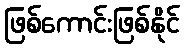
ဖြစ်ကောင်းဖြစ်နိုင်